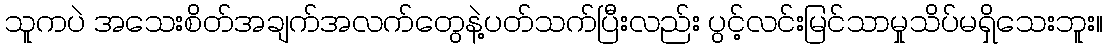
သူကပဲ အသေးစိတ်အချက်အလက်တွေနဲ့ပတ်သက်ပြီးလည်း ပွင့်လင်းမြင်သာမှုသိပ်မရှိသေးဘူး။